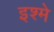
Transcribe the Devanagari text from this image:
इश्मे